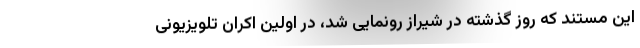
این مستند که روز گذشته در شیراز رونمایی شد، در اولین اکران تلویزیونی